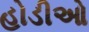
હોડીઓ